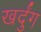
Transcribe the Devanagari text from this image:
खर्दुंग